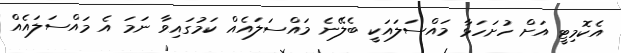
އެކޮމިޓީ އަށް ހުށަހަޅާ މައްސަލައަކީ ބެލޭނެ މައްސަލައެއް ކަމުގައިވާ ނަމަ އެ މައްސަލައެއް